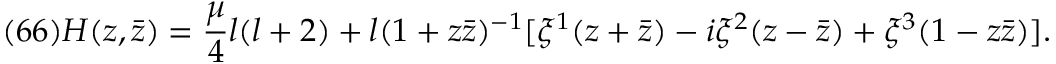
( 6 6 ) H ( z , \bar { z } ) = \frac { \mu } { 4 } l ( l + 2 ) + l ( 1 + z \bar { z } ) ^ { - 1 } [ \xi ^ { 1 } ( z + \bar { z } ) - i \xi ^ { 2 } ( z - \bar { z } ) + \xi ^ { 3 } ( 1 - z \bar { z } ) ] .